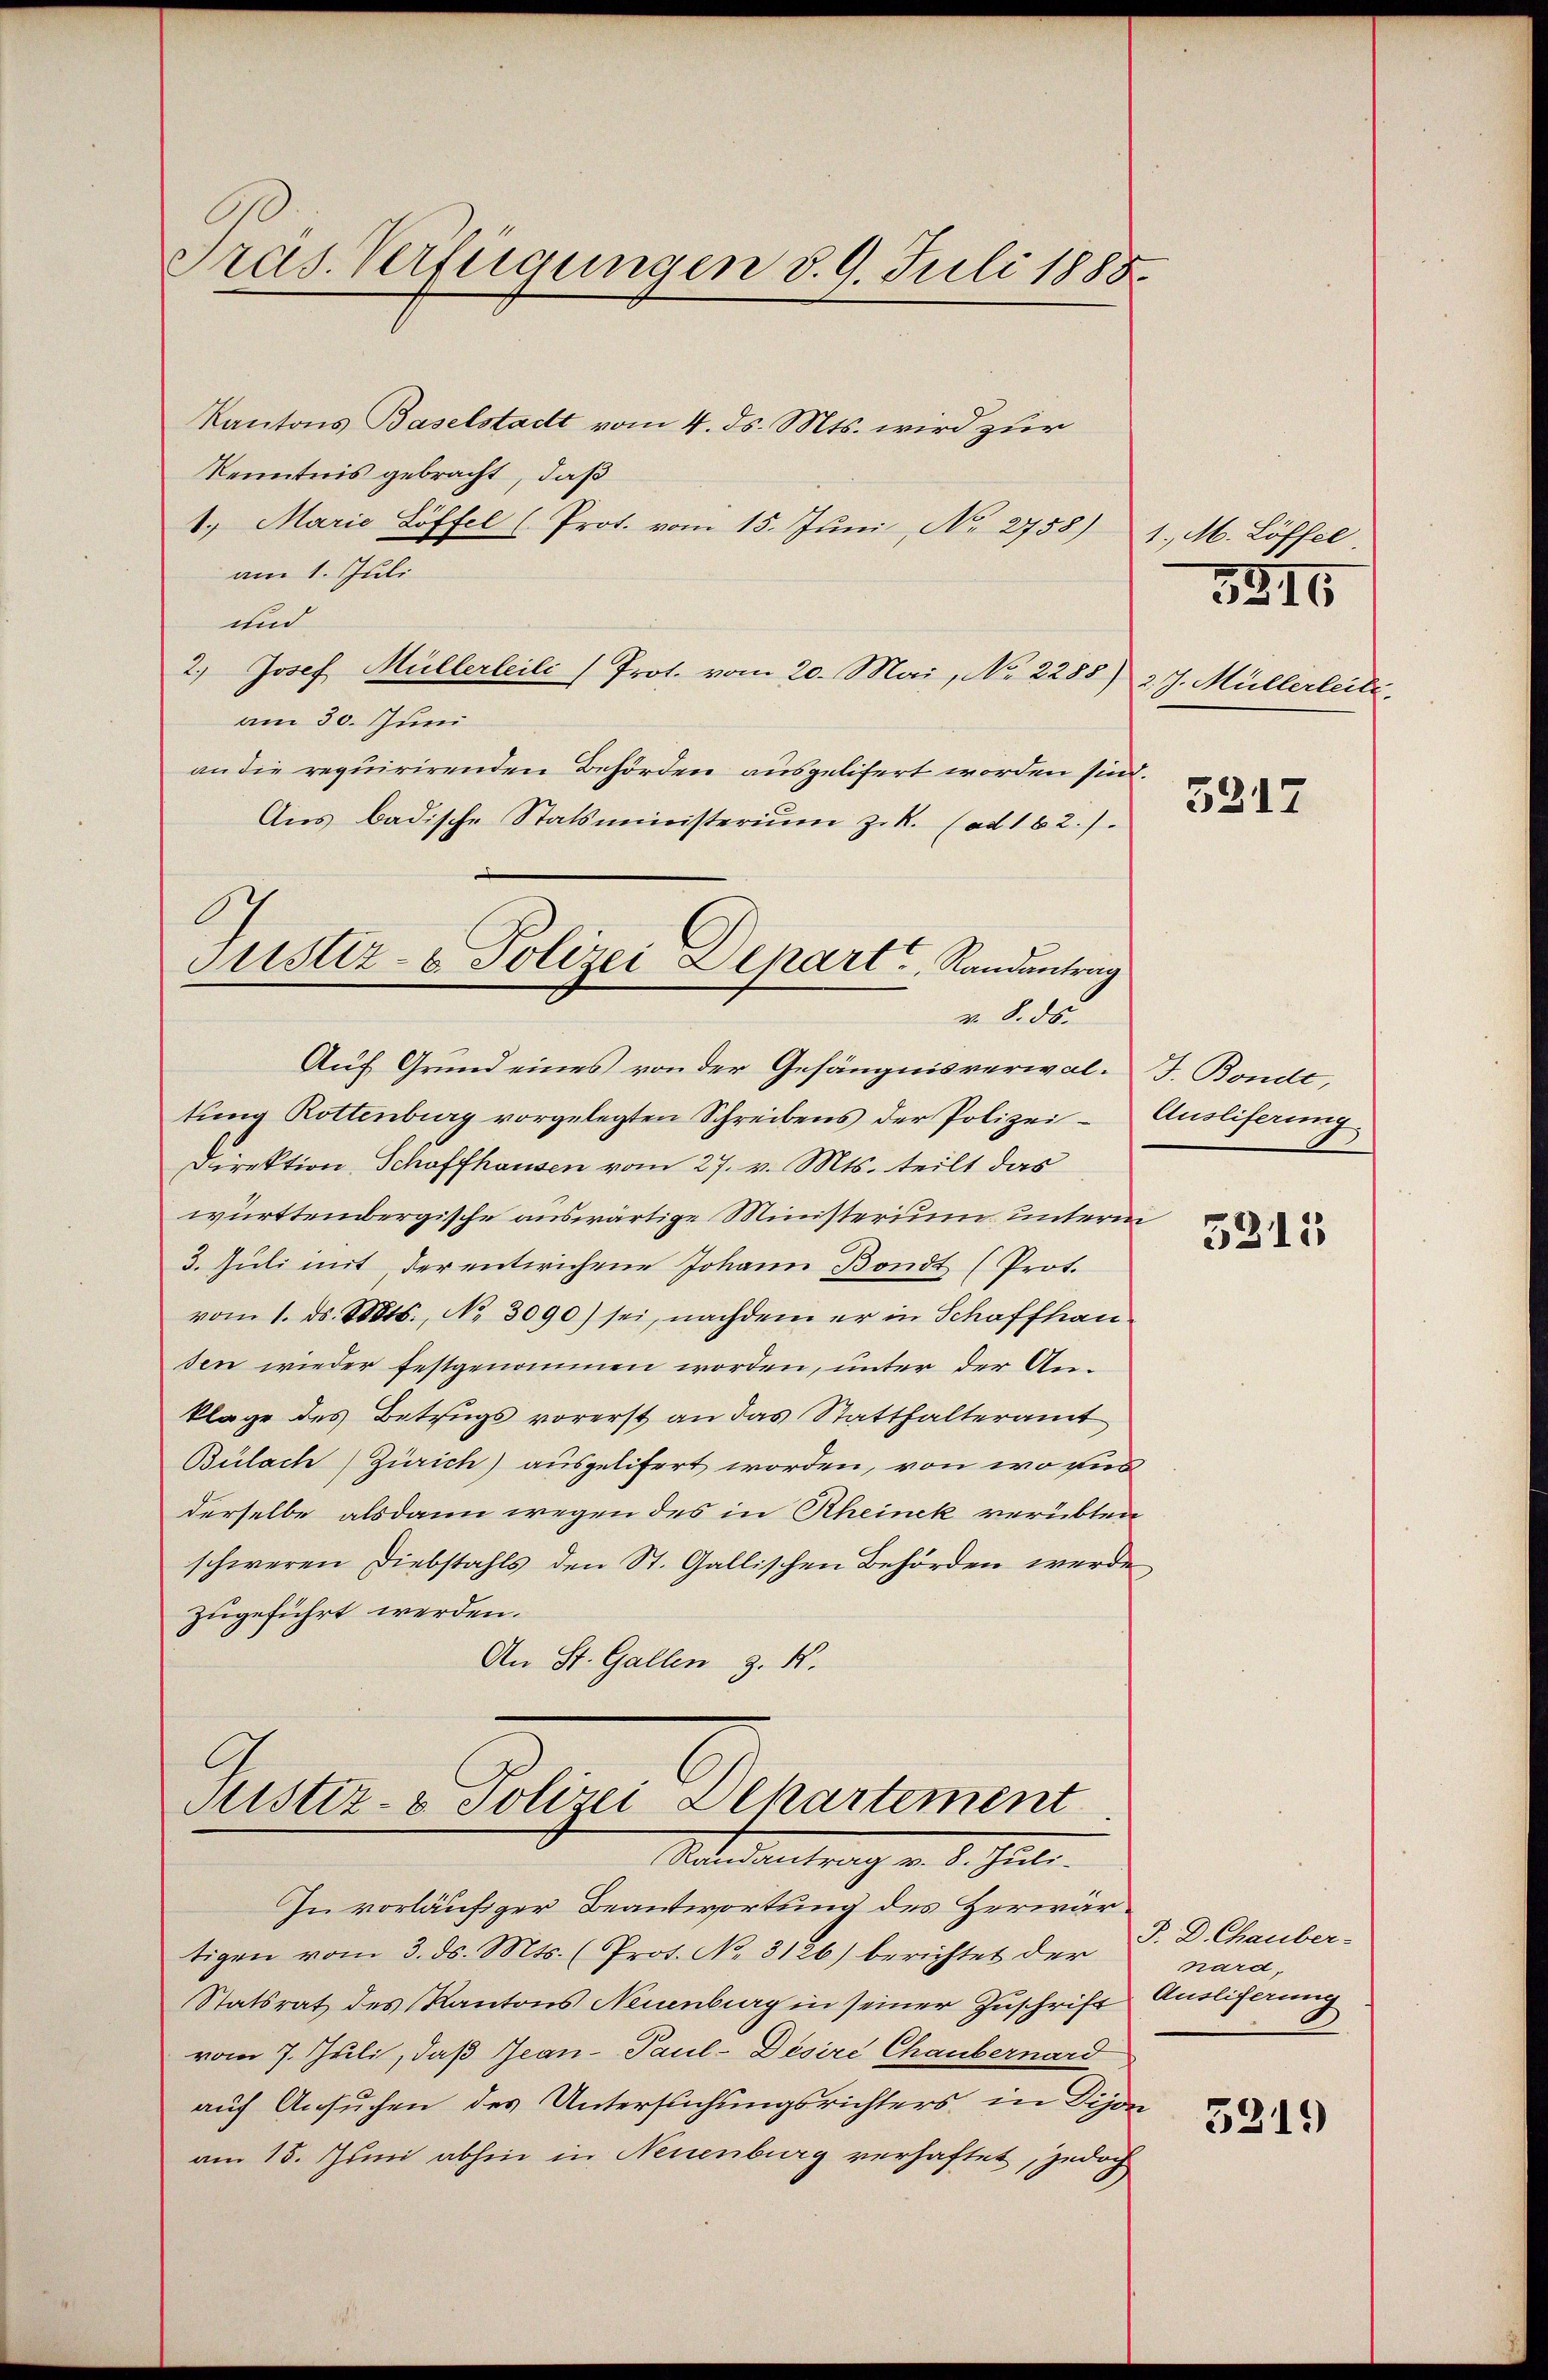
Pras. Verfügungen d. 9. Juli 1888.

Kantons Baselstadt vom 4. ds. Mts. wird zur
Kenntnis gebracht, daß
1. Marie Löffel (Prot. vom 15. Juni, No 2758)
am 1. Juli
und
2.) Josef Müllerleili (Prot. vom 20. Mai, No 2288) 27. Müllerleite
am 30. Juni
an die requirirenden Behörden ausgelifert worden sind.
Ans badische Statsministerium zuk. (ad 162.).
Auf Grund eines von der Gefängnisverwal-J. Bondt,
tung Rottenburg vorgelegten Schreibens der Polizei¬
Direktion, Schaffhausen vom 27. v. Mts. teilt das
württembergische auswärtige Ministerium unterm
3. Juli mit der entwichene Johann Bondt (Prot.
vom 1. d. Mts., No 3090) sei, nachdem er in Schaffhausen wieder festgenommen worden, unter der Anklage des Betrugs vorerst an das Statthalteramt
Bülach Zürich) ausgelifert worden, von wo wir
derselbe alsdann wegen des in Rheinek verübtenschweren Diebstahls den St. Gallischen Behörden werde
zugeführt werden.
An St. Gallen z. B.

A
Justiz- & Polizei Depart Randantrag
v. 8. ds.

Justiz- & Polizei Dekartement
Mandantrag v. d. Juli.

1. M. Löffel

In vorläufiger Beantwortung des Herwärtigen vom 3. ds. Mts. (Prot. No. 3126) berichtet der
Statsrat des Kantons Neuenburg in seiner Zuschrift Ausliferung
vom 7. Juli, daß Jean Paul-Desire Chaubernard
auch Ansuchen des Untersuchungsrichters in Dijon
am 15. Juni abhin in Neuenburg verhaftet, jedoch

3216

5217

Ausliferung

5313

P. D. Chauber-
nard,

3219)